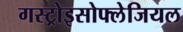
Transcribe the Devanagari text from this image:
गस्ट्रोइसोफ्लेजियल